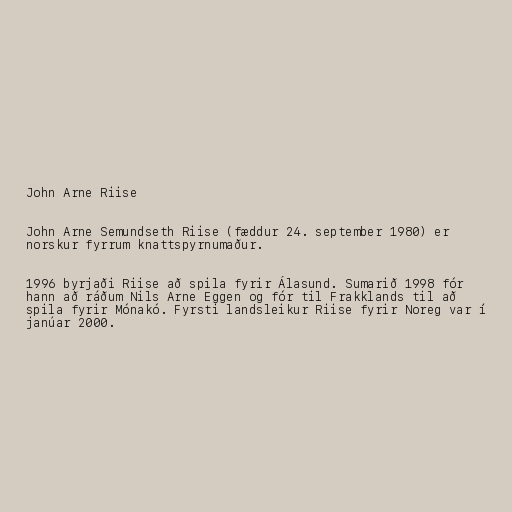
John Arne Riise

John Arne Semundseth Riise (fæddur 24. september 1980) er
norskur fyrrum knattspyrnumaður.

1996 byrjaði Riise að spila fyrir Álasund. Sumarið 1998 fór
hann að ráðum Nils Arne Eggen og fór til Frakklands til að
spila fyrir Mónakó. Fyrsti landsleikur Riise fyrir Noreg var í
janúar 2000.